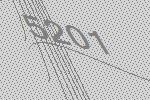
5201